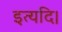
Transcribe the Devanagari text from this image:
इत्यदि।